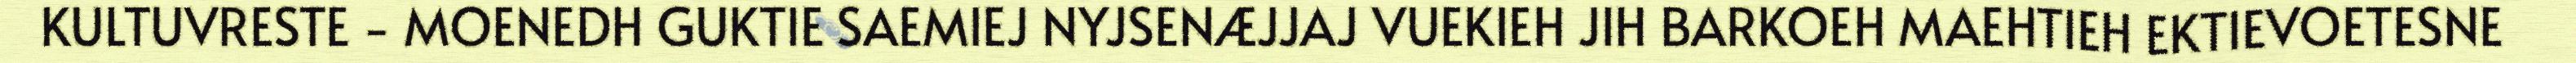
KULTUVRESTE - MOENEDH GUKTIE SAEMIEJ NYJSENÆJJAJ VUEKIEH JIH BARKOEH MAEHTIEH EKTIEVOETESNE